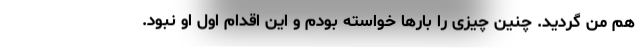
هم من گردید. چنین چیزی را بارها خواسته بودم و این اقدام اول او نبود.